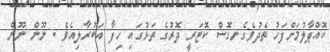
ކޮއްޕާލުމަށްފަހު ތެދުވެގެނގޮސް ކޮޓަރީ ދޮރުގެ ތަޅުގައި ހިފާ އަބުރާލިއެވެ . ނޫން ނޫން